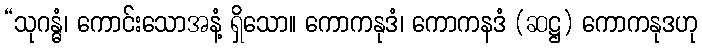
“သုဂန္ဓံ၊ ကောင်းသောအနံ့ ရှိသော။ ကောကနုဒံ၊ ကောကနဒံ (ဆဋ္ဌ) ကောကနုဒဟု